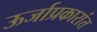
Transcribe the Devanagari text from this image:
ऊर्जाप्रकारांत